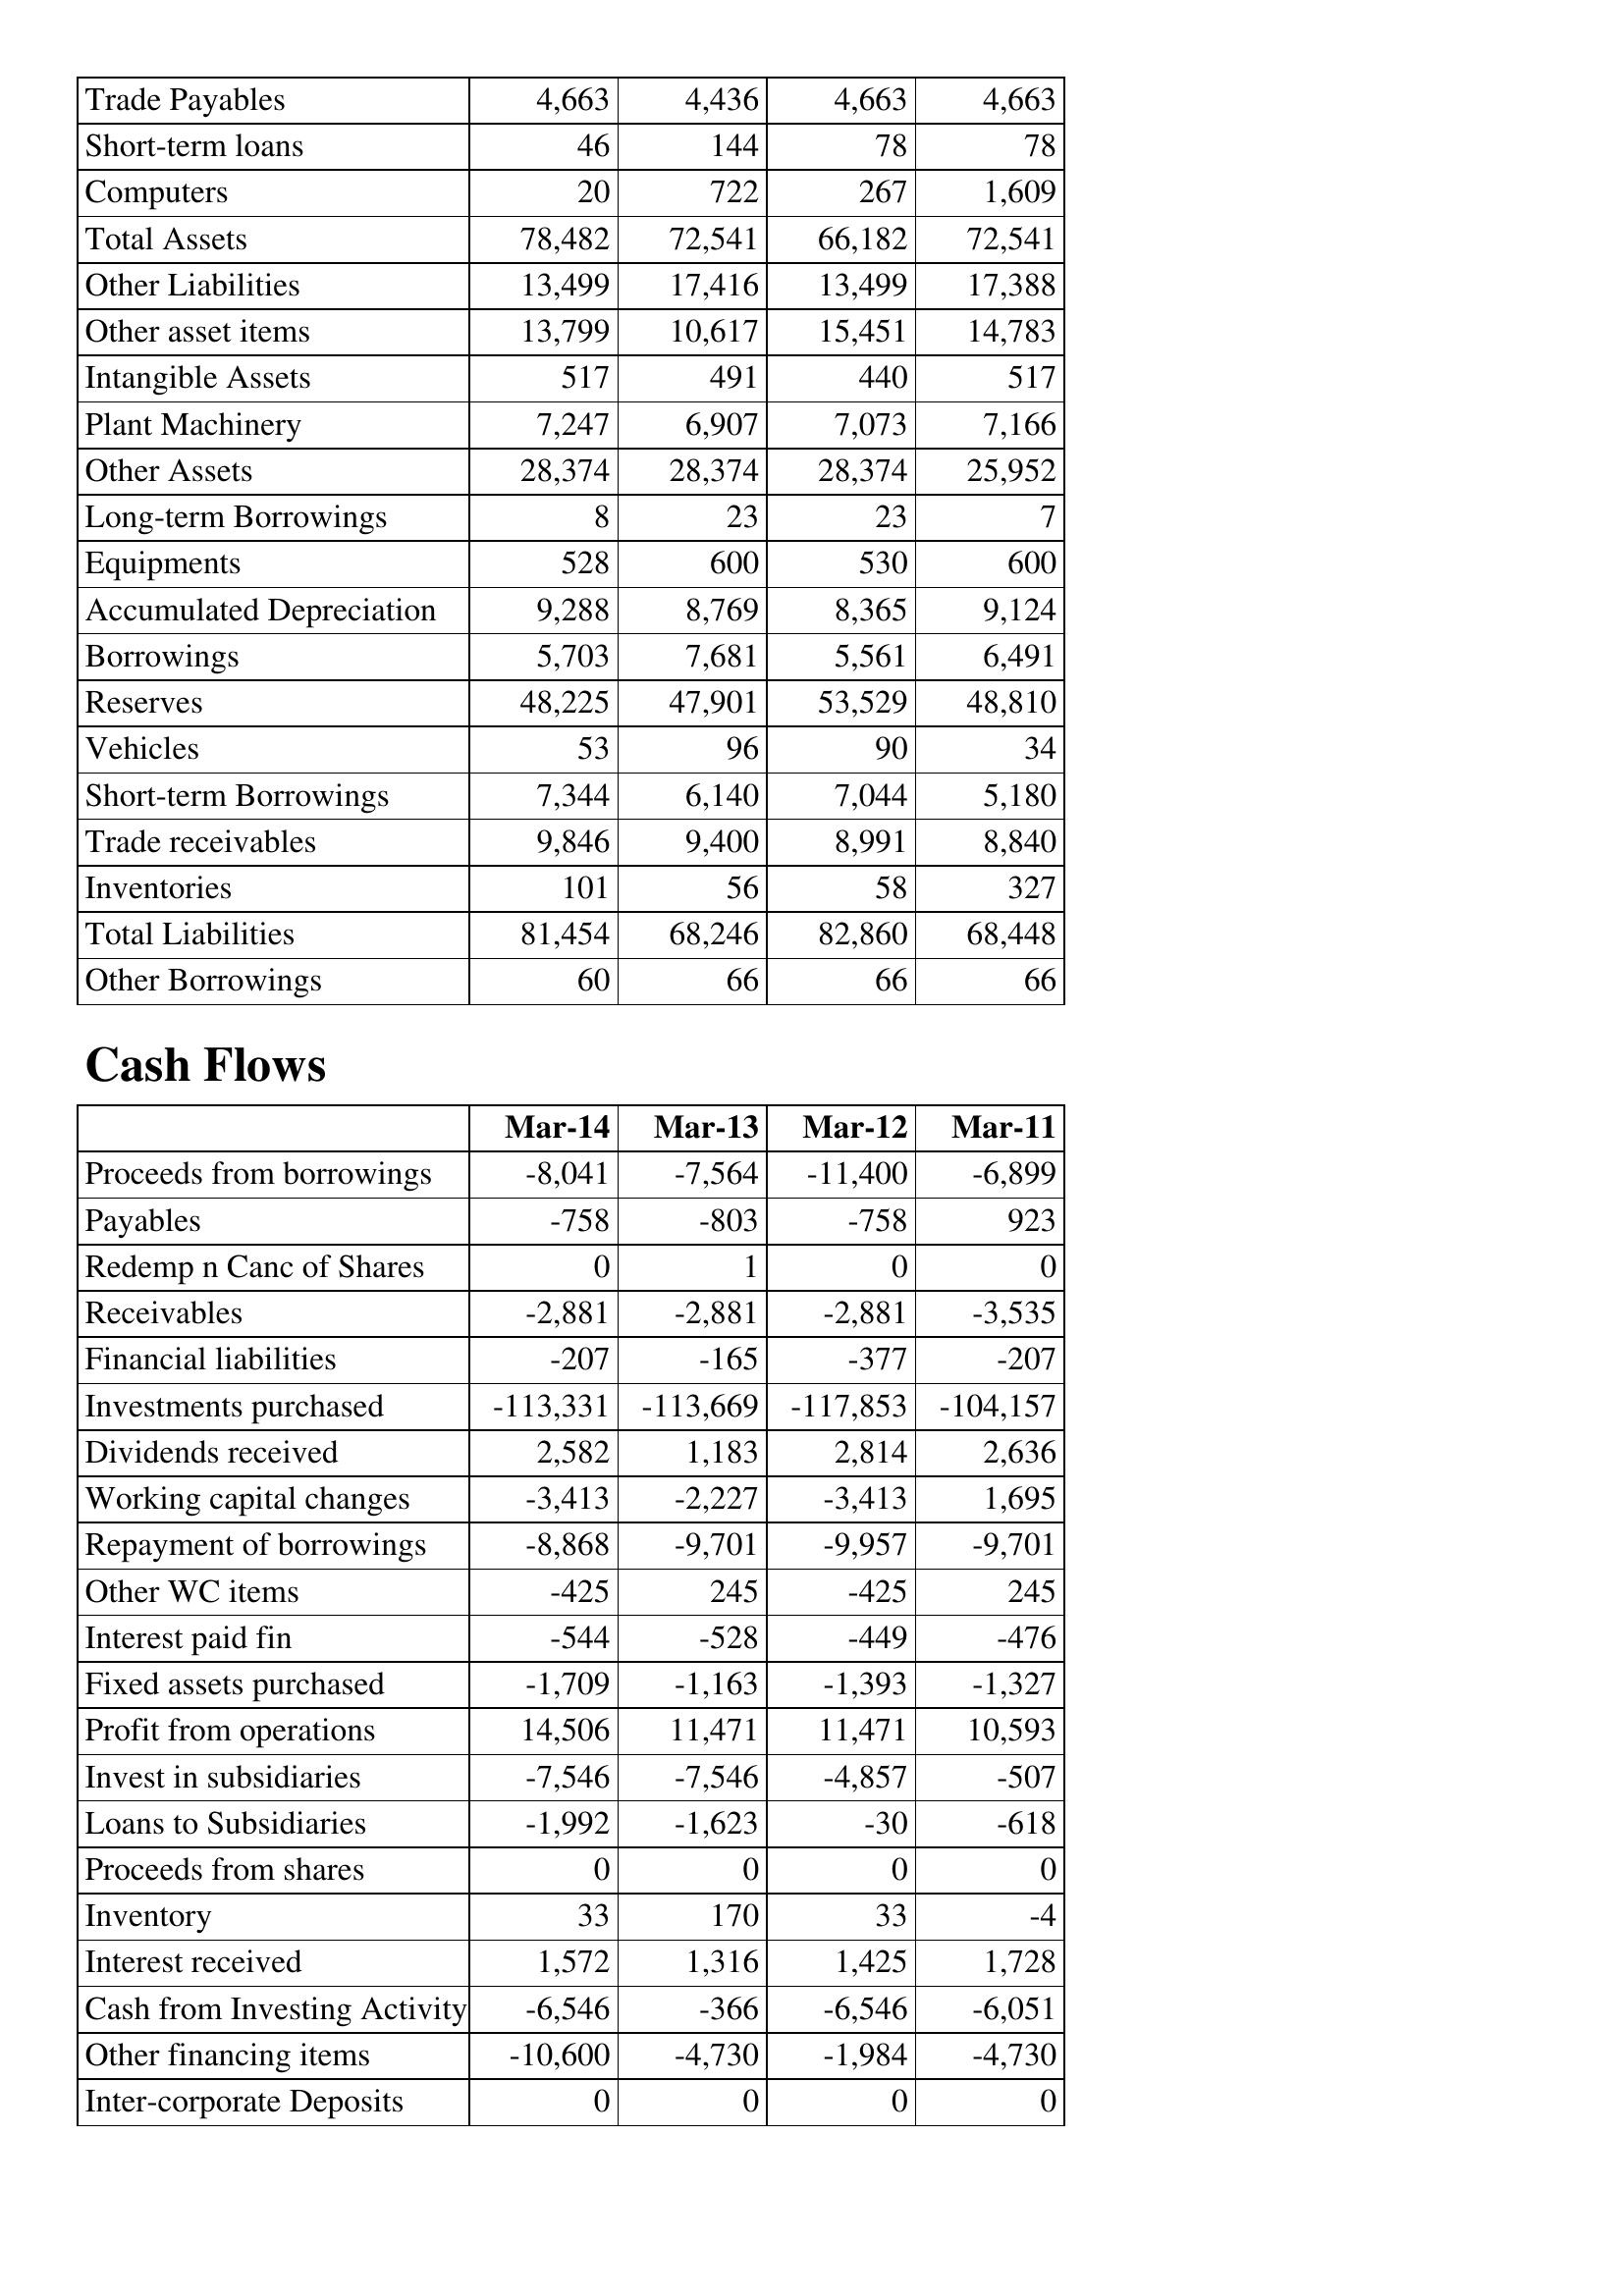
Mar-14: Balance Sheet: Trade Payables: 4,663
Short-term loans: 46
Computers: 20
Total Assets: 78,482
Other Liabilities: 13,499
Other asset items: 13,799
Intangible Assets: 517
Plant Machinery: 7,247
Other Assets: 28,374
Long-term Borrowings: 8
Equipments: 528
Accumulated Depreciation: 9,288
Borrowings: 5,703
Reserves: 48,225
Vehicles: 53
Short-term Borrowings: 7,344
Trade receivables: 9,846
Inventories: 101
Total Liabilities: 81,454
Other Borrowings: 60
Cash Flows: Proceeds from borrowings: -8,041
Payables: -758
Redemp n Canc of Shares: 0
Receivables: -2,881
Financial liabilities: -207
Investments purchased: -113,331
Dividends received: 2,582
Working capital changes: -3,413
Repayment of borrowings: -8,868
Other WC items: -425
Interest paid fin: -544
Fixed assets purchased: -1,709
Profit from operations: 14,506
Invest in subsidiaries: -7,546
Loans to Subsidiaries: -1,992
Proceeds from shares: 0
Inventory: 33
Interest received: 1,572
Cash from Investing Activity: -6,546
Other financing items: -10,600
Inter-corporate Deposits: 0
Mar-13: Balance Sheet: Trade Payables: 4,436
Short-term loans: 144
Computers: 722
Total Assets: 72,541
Other Liabilities: 17,416
Other asset items: 10,617
Intangible Assets: 491
Plant Machinery: 6,907
Other Assets: 28,374
Long-term Borrowings: 23
Equipments: 600
Accumulated Depreciation: 8,769
Borrowings: 7,681
Reserves: 47,901
Vehicles: 96
Short-term Borrowings: 6,140
Trade receivables: 9,400
Inventories: 56
Total Liabilities: 68,246
Other Borrowings: 66
Cash Flows: Proceeds from borrowings: -7,564
Payables: -803
Redemp n Canc of Shares: 1
Receivables: -2,881
Financial liabilities: -165
Investments purchased: -113,669
Dividends received: 1,183
Working capital changes: -2,227
Repayment of borrowings: -9,701
Other WC items: 245
Interest paid fin: -528
Fixed assets purchased: -1,163
Profit from operations: 11,471
Invest in subsidiaries: -7,546
Loans to Subsidiaries: -1,623
Proceeds from shares: 0
Inventory: 170
Interest received: 1,316
Cash from Investing Activity: -366
Other financing items: -4,730
Inter-corporate Deposits: 0
Mar-12: Balance Sheet: Trade Payables: 4,663
Short-term loans: 78
Computers: 267
Total Assets: 66,182
Other Liabilities: 13,499
Other asset items: 15,451
Intangible Assets: 440
Plant Machinery: 7,073
Other Assets: 28,374
Long-term Borrowings: 23
Equipments: 530
Accumulated Depreciation: 8,365
Borrowings: 5,561
Reserves: 53,529
Vehicles: 90
Short-term Borrowings: 7,044
Trade receivables: 8,991
Inventories: 58
Total Liabilities: 82,860
Other Borrowings: 66
Cash Flows: Proceeds from borrowings: -11,400
Payables: -758
Redemp n Canc of Shares: 0
Receivables: -2,881
Financial liabilities: -377
Investments purchased: -117,853
Dividends received: 2,814
Working capital changes: -3,413
Repayment of borrowings: -9,957
Other WC items: -425
Interest paid fin: -449
Fixed assets purchased: -1,393
Profit from operations: 11,471
Invest in subsidiaries: -4,857
Loans to Subsidiaries: -30
Proceeds from shares: 0
Inventory: 33
Interest received: 1,425
Cash from Investing Activity: -6,546
Other financing items: -1,984
Inter-corporate Deposits: 0
Mar-11: Balance Sheet: Trade Payables: 4,663
Short-term loans: 78
Computers: 1,609
Total Assets: 72,541
Other Liabilities: 17,388
Other asset items: 14,783
Intangible Assets: 517
Plant Machinery: 7,166
Other Assets: 25,952
Long-term Borrowings: 7
Equipments: 600
Accumulated Depreciation: 9,124
Borrowings: 6,491
Reserves: 48,810
Vehicles: 34
Short-term Borrowings: 5,180
Trade receivables: 8,840
Inventories: 327
Total Liabilities: 68,448
Other Borrowings: 66
Cash Flows: Proceeds from borrowings: -6,899
Payables: 923
Redemp n Canc of Shares: 0
Receivables: -3,535
Financial liabilities: -207
Investments purchased: -104,157
Dividends received: 2,636
Working capital changes: 1,695
Repayment of borrowings: -9,701
Other WC items: 245
Interest paid fin: -476
Fixed assets purchased: -1,327
Profit from operations: 10,593
Invest in subsidiaries: -507
Loans to Subsidiaries: -618
Proceeds from shares: 0
Inventory: -4
Interest received: 1,728
Cash from Investing Activity: -6,051
Other financing items: -4,730
Inter-corporate Deposits: 0